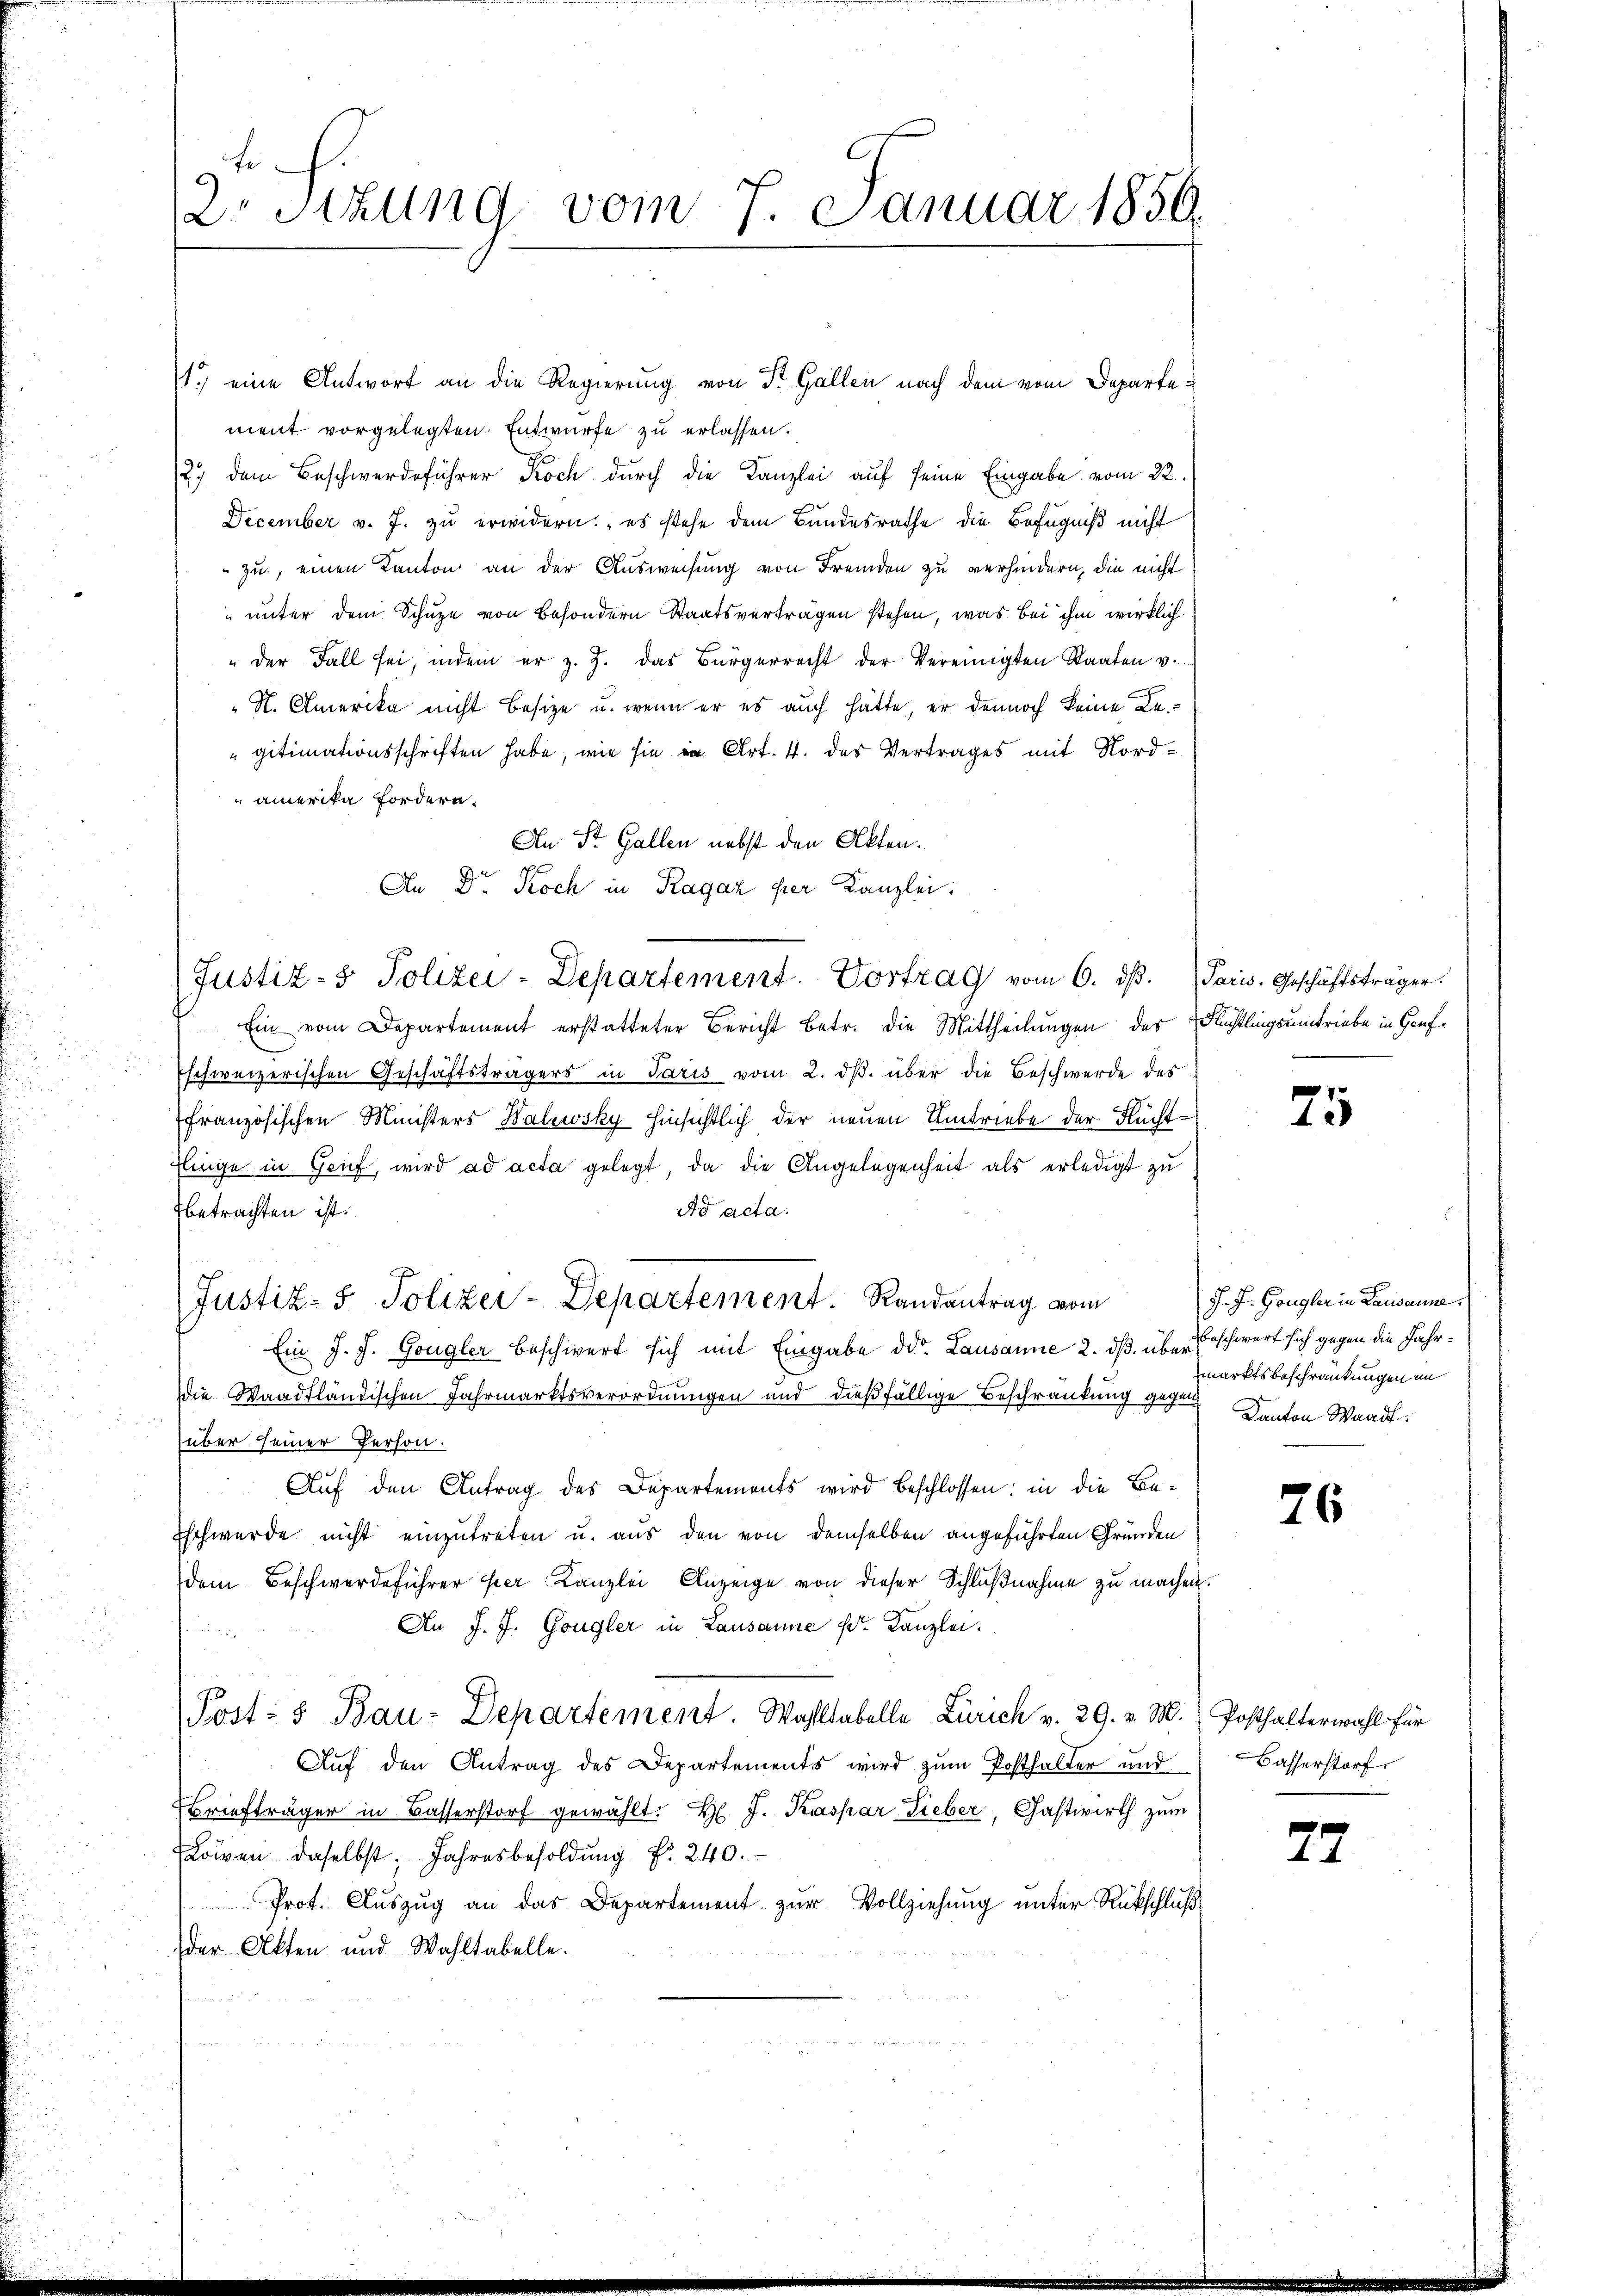
f.
2 Stzung vom 7. Januar 1856.

1.) eine Antwort an die Regierung von St. Gallen nach dem vom Departement vorgelegten Entwurfe zu erlassen.
2.) dem Beschwerdeführer Koch durch die Kanzlei auf seine Eingabe vom 22.
December v. J. zu erwidern es stehe dem Bundesrathe die Befugniß nicht
zu, einen Kanton an der Ausweisung von Fremden zu verhindern, die nicht
" unter dem Schuze von besondern Staatsverträgen stehen, was bei ihm wirklich
"der Fall sei, indem er z. Z. das Bürgerrecht der Vereinigten Staaten v.
N. Amerika nicht besize u. wenn er es auch hätte, er dennoch keine Regitimationsschriften habe, wie sie in Art. 4. des Vertrages mit Nordamerika fordern.
An St. Gallen nebst den Akten.
An Dr. Koch in Ragaz per Kanzlei.
Ein vom Departement erstatteter Bericht betr. die Mittheilungen des Flüchtlingsumtriebe in Hanf¬
Eschweizerischen Geschäftsträgers in Paris vom 2. dβ. über die Beschwerde des
französischen Ministers Walewsky hinsichtlich der neuen Umtriebe der Fucht¬
Einge in Geif, wird ad acta gelegt, da die Angelegenheit als erledigt zu
Ad acta.
betrachten ist.
Justiz- & Polizei-Departement. Randantrag vom
Ein J. J. Gongler beschwert sich mit Eingabe der Lausanne 2. dß. über Beschwert sich gegen die Jahr¬
Die Waadtländischen Jahrmarktsverordnungen und dießfällige Beschränkung gegen Kanton Waadt.
über seiner Person.
Auf den Antrag des Departements wird beschlossen: in die Be¬
Eschwerde nicht einzutreten u. aus den von demselben angeführten Gründen
dem Beschwerdeführer Eier Kanzlei Anzeige von dieser Schlußnahme zu machen.
An J. J. Gongler in Lausanne Ed. Kanzlei.

Post- u Bau-Departement. Wahltabelle Zürich v. 29. v. M. Posthalterwahl für
Aŭf den Antrag des Departements wird zŭm Posthalter und Basserstorf
Briefträger in Basserstorf gewählt. H. J. Kaspar Lieber, Gastwirth zum
Loren daselbst: Jahresbesoldŭng Nr. 240.
Prot. Auszug an das Departement zur Vollziehung unter Rückschluß
der Akten und Wahltabelle.

Justiz- & Polizei-Departement. Vortrag vom 6. ds. Paris. Geschäftsträger.

75

J. J. Gongler in Lausanne
marktsbeschränkungen im

26

72